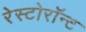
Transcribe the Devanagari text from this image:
रेस्टोरॉन्ट